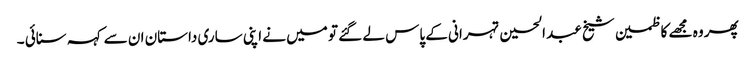
پھر وہ مجھے کاظمین شیخ عبد الحسین تہرانی کے پاس لے گئے تو میں نے اپنی ساری داستان ان سے کہہ سنائی ۔